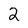
Character: 2